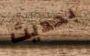
بحديث